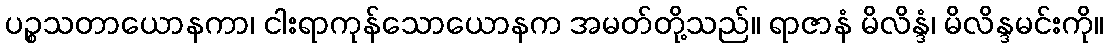
ပဉ္စသတာယောနကာ၊ ငါးရာကုန်သောယောနက အမတ်တို့သည်။ ရာဇာနံ မိလိန္ဒံ၊ မိလိန္ဒမင်းကို။